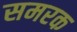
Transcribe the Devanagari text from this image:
समरक